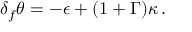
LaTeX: \delta _ { f } \theta = - \epsilon + ( 1 + \Gamma ) \kappa \, .